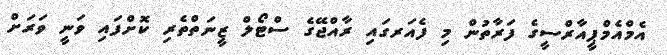
އެމްއެމްޕީއާރްސީގެ ފަރާތުން މި ފެއަރގައި ރާއްޖޭގެ ސްޓޯލް ޒީނަތްތެރި ކޮށްފައި ވަނީ ވަރަށް